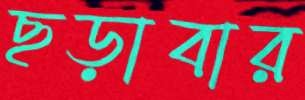
ছড়াবার